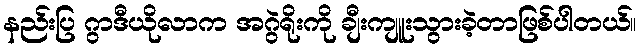
နည်းပြ ဂွာဒီယိုလာက အဂွဲရိုးကို ချီးကျူးသွားခဲ့တာဖြစ်ပါတယ်။